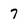
Character: 7